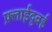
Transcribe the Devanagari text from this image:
फ़्लाईदुबई